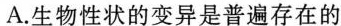
A.生物性状的变异是普遍存在的